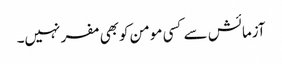
آزمائش سے کسی مومن کوبھی مفر نہیں۔